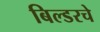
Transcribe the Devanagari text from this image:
बिल्डरचे